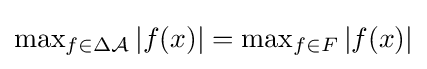
{\textstyle \max _{f\in \Delta {\mathcal {A}}}|f(x)|=\max _{f\in F}|f(x)|}